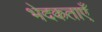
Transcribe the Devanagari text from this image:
भेदकताएँ